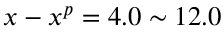
x - x ^ { p } = 4 . 0 \sim 1 2 . 0